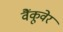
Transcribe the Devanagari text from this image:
वैंकूवेर